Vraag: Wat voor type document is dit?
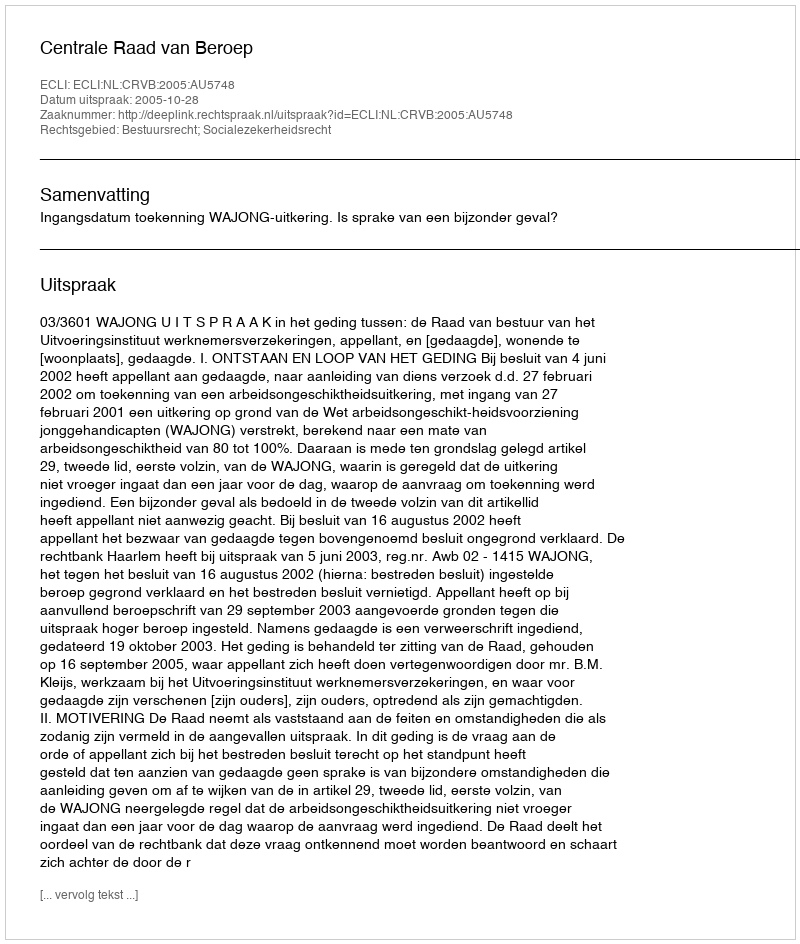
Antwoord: Uitspraak